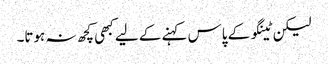
لیکن ٹینگو کے پاس کہنے کے لیے کبھی کچھ نہ ہوتا۔